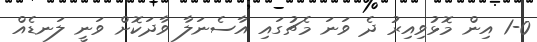
1-0 އިން މޮޅުވިއިރު ދެ ވަނަ މެޗުގައި އާސެނަލާ ވާދަކޮށް ވަނީ ލަނޑެއް